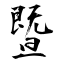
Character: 暨